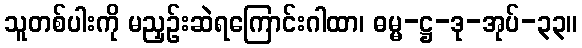
သူတစ်ပါးကို မညှဉ်းဆဲရကြောင်းဂါထာ၊ ဓမ္မ-ဋ္ဌ-ဒု-အုပ်-၃၃။